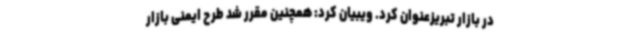
در بازار تبریزعنوان کرد. ویبیان کرد: همچنین مقرر شد طرح ایمنی بازار